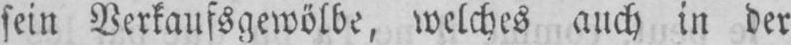
sein Verkaufsgewölbe, welches auch in der